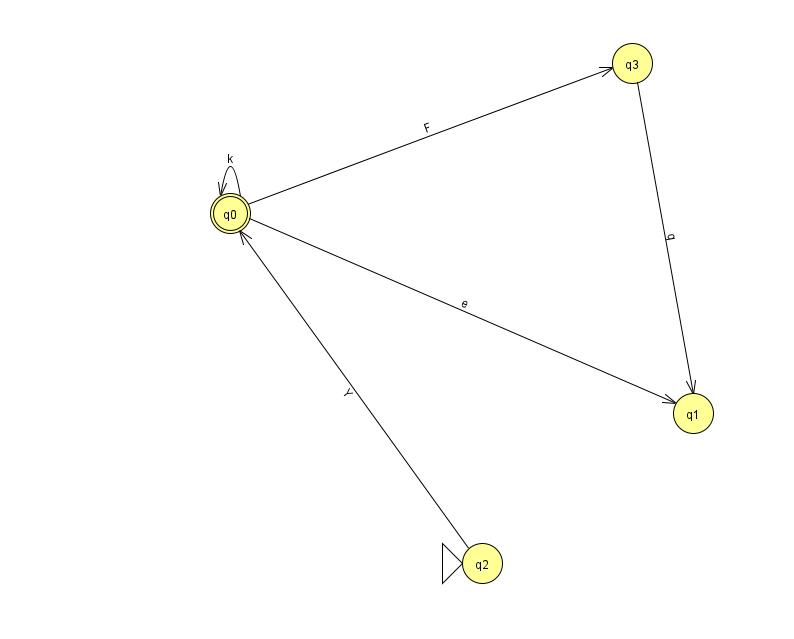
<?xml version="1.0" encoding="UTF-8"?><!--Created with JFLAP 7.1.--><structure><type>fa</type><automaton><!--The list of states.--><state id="0" name="q0"><x>230.0</x><y>200.0</y><final/></state><state id="1" name="q1"><x>693.0</x><y>400.0</y></state><state id="2" name="q2"><x>482.0</x><y>550.0</y><initial/></state><state id="3" name="q3"><x>632.0</x><y>50.0</y></state><!--The list of transitions.--><transition><from>0</from><to>1</to><read>e</read></transition><transition><from>0</from><to>0</to><read>k</read></transition><transition><from>0</from><to>3</to><read>F</read></transition><transition><from>3</from><to>1</to><read>q</read></transition><transition><from>2</from><to>0</to><read>Y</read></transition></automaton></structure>